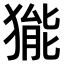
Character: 𤠗